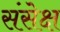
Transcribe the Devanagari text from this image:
संसेक्ष